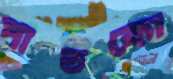
পাতকো